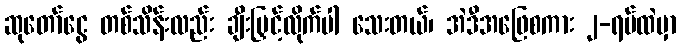
ဆုတော်ငွေ တစ်သိန်းလည်း ချီးမြှင့်လိုက်ပါ သေးတယ်၊ အဲဒီအဖြေစကား ၂-ရပ်ထဲမှာ